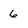
Character: 6